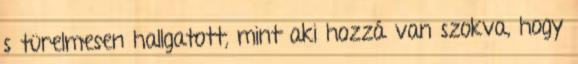
s türelmesen hallgatott, mint aki hozzá van szokva, hogy